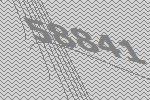
58841